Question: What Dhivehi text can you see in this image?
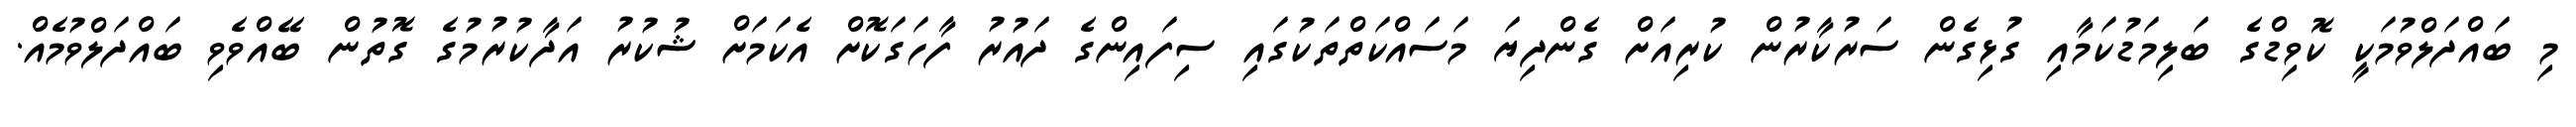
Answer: މި ބައްދަލްވުމަކީ ކޮވިޑްގެ ބަލިމަޑުކަމާއި ގުޅިގެން ސަރުކާރުން ކުރިއަށް ގެންދިޔަ މަސައްކަތްތަކުގައި ސިފައިންގެ ދައުރު ފާހަގަކޮށް އެކަމަށް ޝުކުރު އަދާކުރުމުގެ ގޮތުން ބޭއްވެވި ބައްދަލްވުމެއް.